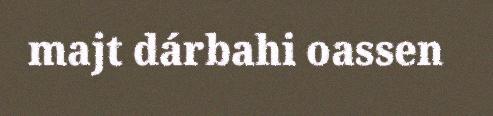
majt dárbahi oassen